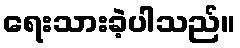
ရေးသားခဲ့ပါသည်။